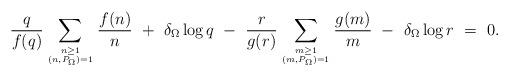
LaTeX: \begin{align*}\frac{q}{f(q)}\sum_{n \ge 1 \atop (n, P_{\Omega})=1} \frac{f(n)}{n} ~+~ \delta_{\Omega} \log q~-~ \frac{r}{g(r)} \sum_{m \ge 1 \atop (m, P_{\Omega})=1} \frac{g(m)}{m} ~-~ \delta_{\Omega} \log r ~=~ 0.\end{align*}